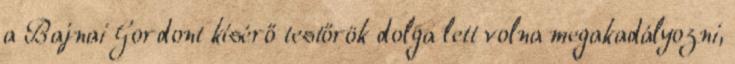
a Bajnai Gordont kísérő testőrök dolga lett volna megakadályozni,